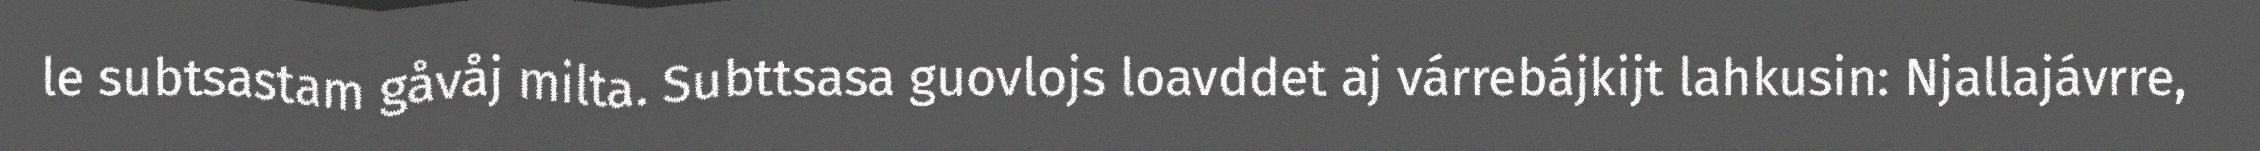
le subtsastam gåvåj milta. Subttsasa guovlojs loavddet aj várrebájkijt lahkusin: Njallajávrre,